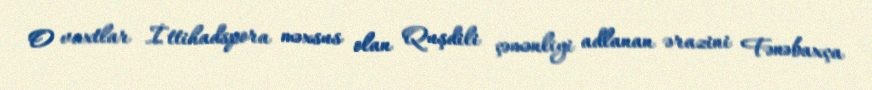
O vaxtlar İttihadspora məxsus olan Quşdili çəmənliyi adlanan ərazini Fənəbaxça